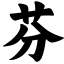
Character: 芬